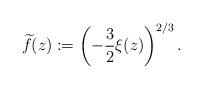
LaTeX: \begin{align*}\widetilde{f}(z) := \left( -\frac{3}{2} \xi(z) \right)^{2/3}.\end{align*}